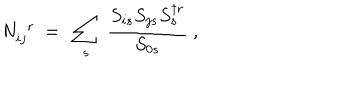
N _ { i j } ^ { ~ ~ r } ~ = ~ \sum _ { s } ~ { \frac { S _ { i s } S _ { j s } S _ { s } ^ { \dagger r } } { S _ { 0 s } } } ~ ,